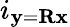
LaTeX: i_{\textbf{y}=\textbf{R}\textbf{x}}